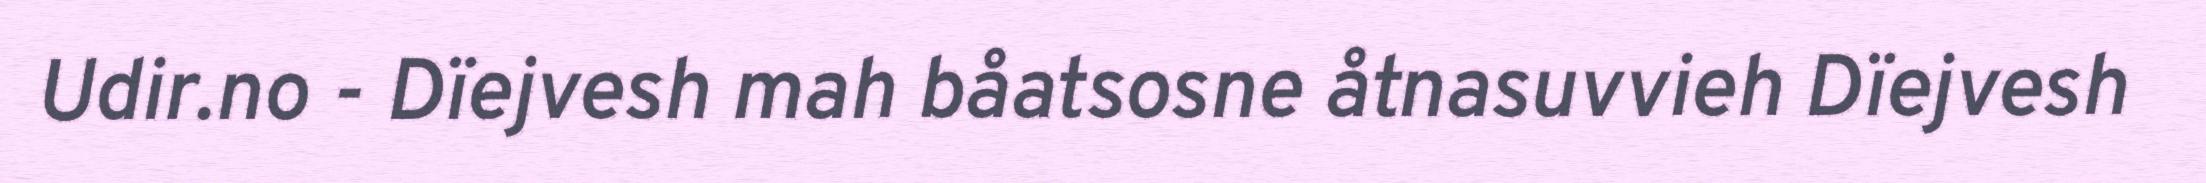
Udir.no - Dïejvesh mah båatsosne åtnasuvvieh Dïejvesh